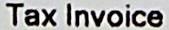
TAX INVOICE